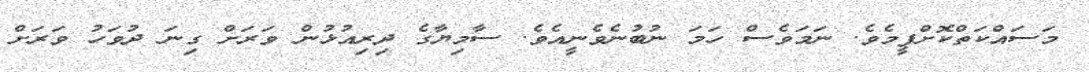
މަސައްކަތްކޮށްފީމެވެ. ނަމަވެސް ހަމަ ނުބުނެވެނީއެވެ. ސާމިޔާގެ ދިރިއުޅުން ވަރަށް ގިނަ ދުވަހު ވަރަށް